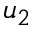
u _ { 2 }